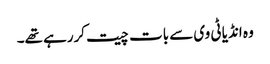
وہ انڈیا ٹی وی سے بات چیت کررہے تھے۔